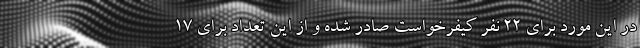
در این مورد برای ۲۲ نفر کیفرخواست صادر شده و از این تعداد برای ۱۷